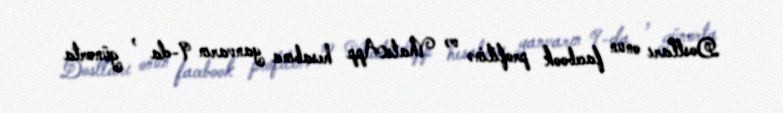
Dostları onun facebook profilinə və VhatsApp hesabına yanvarın 9-da , günorta